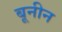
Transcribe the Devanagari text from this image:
बूनीन